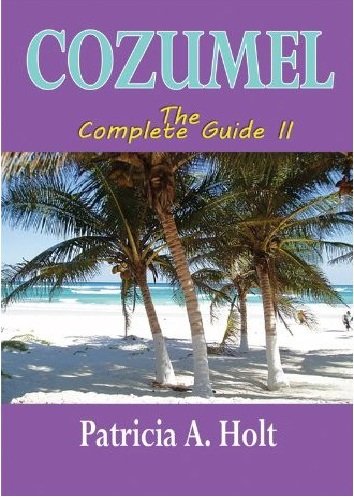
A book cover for Cozumel the Complete Guide II; Patricia A. Holt; Travel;